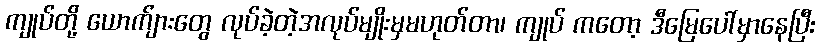
ကျုပ်တို့ ယောက်ျားတွေ လုပ်ခဲ့တဲ့အလုပ်မျိုးမှမဟုတ်တာ၊ ကျုပ် ကတော့ ဒီမြေပေါ်မှာနေပြီး